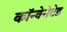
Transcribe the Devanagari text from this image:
कॉन्वेनेटेड